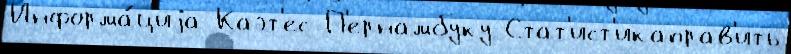
Информа́циjа Каэт'ес П'ернамбуку Стат'ист'икаправ'ить